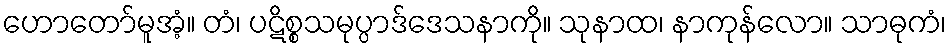
ဟောတော်မူအံ့။ တံ၊ ပဋိစ္စသမုပ္ပာဒ်ဒေသနာကို။ သုနာထ၊ နာကုန်လော။ သာဓုကံ၊